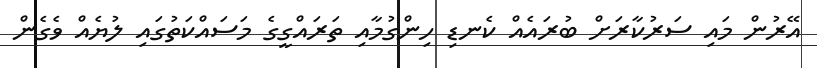
އޭރުން މައި ސަރުކާރަށް ބުރައެއް ކެނޑި ހިންގުމާއި ތަރައްގީގެ މަސައްކަތުގައި ލުޔެއް ވެގެން